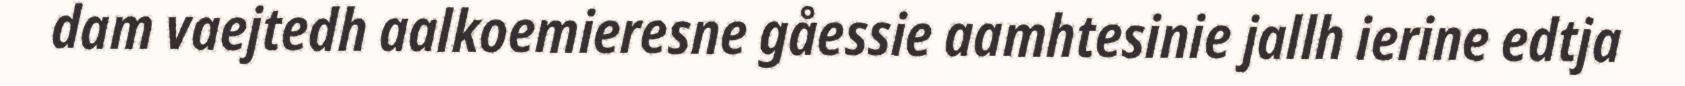
dam vaejtedh aalkoemieresne gåessie aamhtesinie jallh ierine edtja